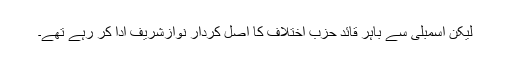
لیکن اسمبلی سے باہر قائد حزب اختلاف کا اصل کردار نوازشریف ادا کر رہے تھے۔